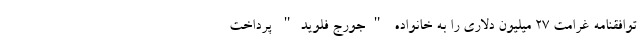
توافقنامه غرامت 27 میلیون دلاری را به خانواده "جورج فلوید" پرداخت